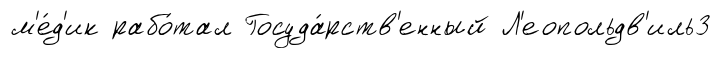
м'е́д'ик рабо́тал Госуда́рств'енный Л'еопольдв'иль3